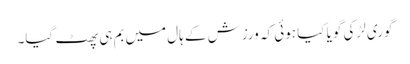
گوری لڑکی گویا کیا ہوئی کہ ورزش کے ہال میں بم ہی پھٹ گیا۔